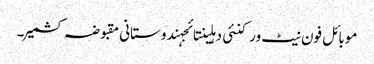
موبائل فون نیٹ ورکنئی دہلینتائجہندوستانی مقبوضہ کشمیر۔